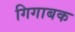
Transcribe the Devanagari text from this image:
गिगाबक